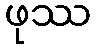
ဖုဿ